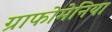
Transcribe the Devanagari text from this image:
ग्राफोमेनिया